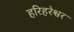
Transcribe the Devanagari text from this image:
हरिहरेश्वर